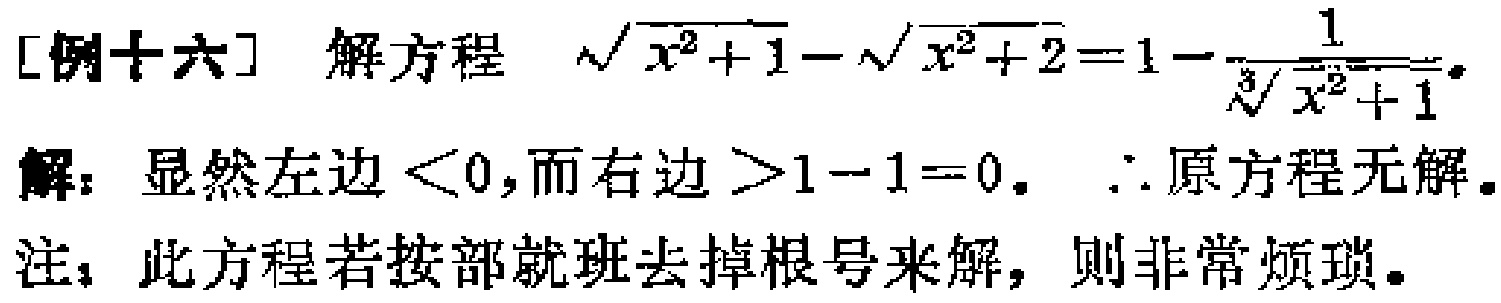
[例十六] 解方程 $\sqrt{x^{2}+1}-\sqrt{x^{2}+2}=1-\frac{1}{\sqrt[3]{x^{2}+1}}$。

解：显然左边$<0$，而右边$>1 - 1 = 0$。$\therefore$原方程无解。

注：此方程若按部就班去掉根号来解，则非常烦琐。